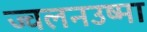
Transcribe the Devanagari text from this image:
ज्वलनउष्मा